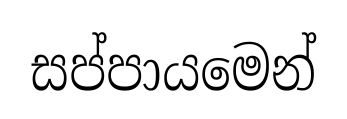
සප්පායමෙන්